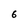
Character: 6